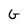
Character: G